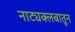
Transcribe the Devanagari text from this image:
नाट्यक्लबातून